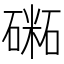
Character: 𥕝